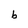
Character: b